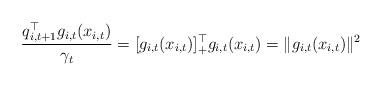
LaTeX: \begin{align*}\frac{q_{i,t+1}^\top g_{i,t}(x_{i,t})}{\gamma_t}=[g_{i,t}(x_{i,t})]_+^\top g_{i,t}(x_{i,t})=\|g_{i,t}(x_{i,t})\|^2\end{align*}